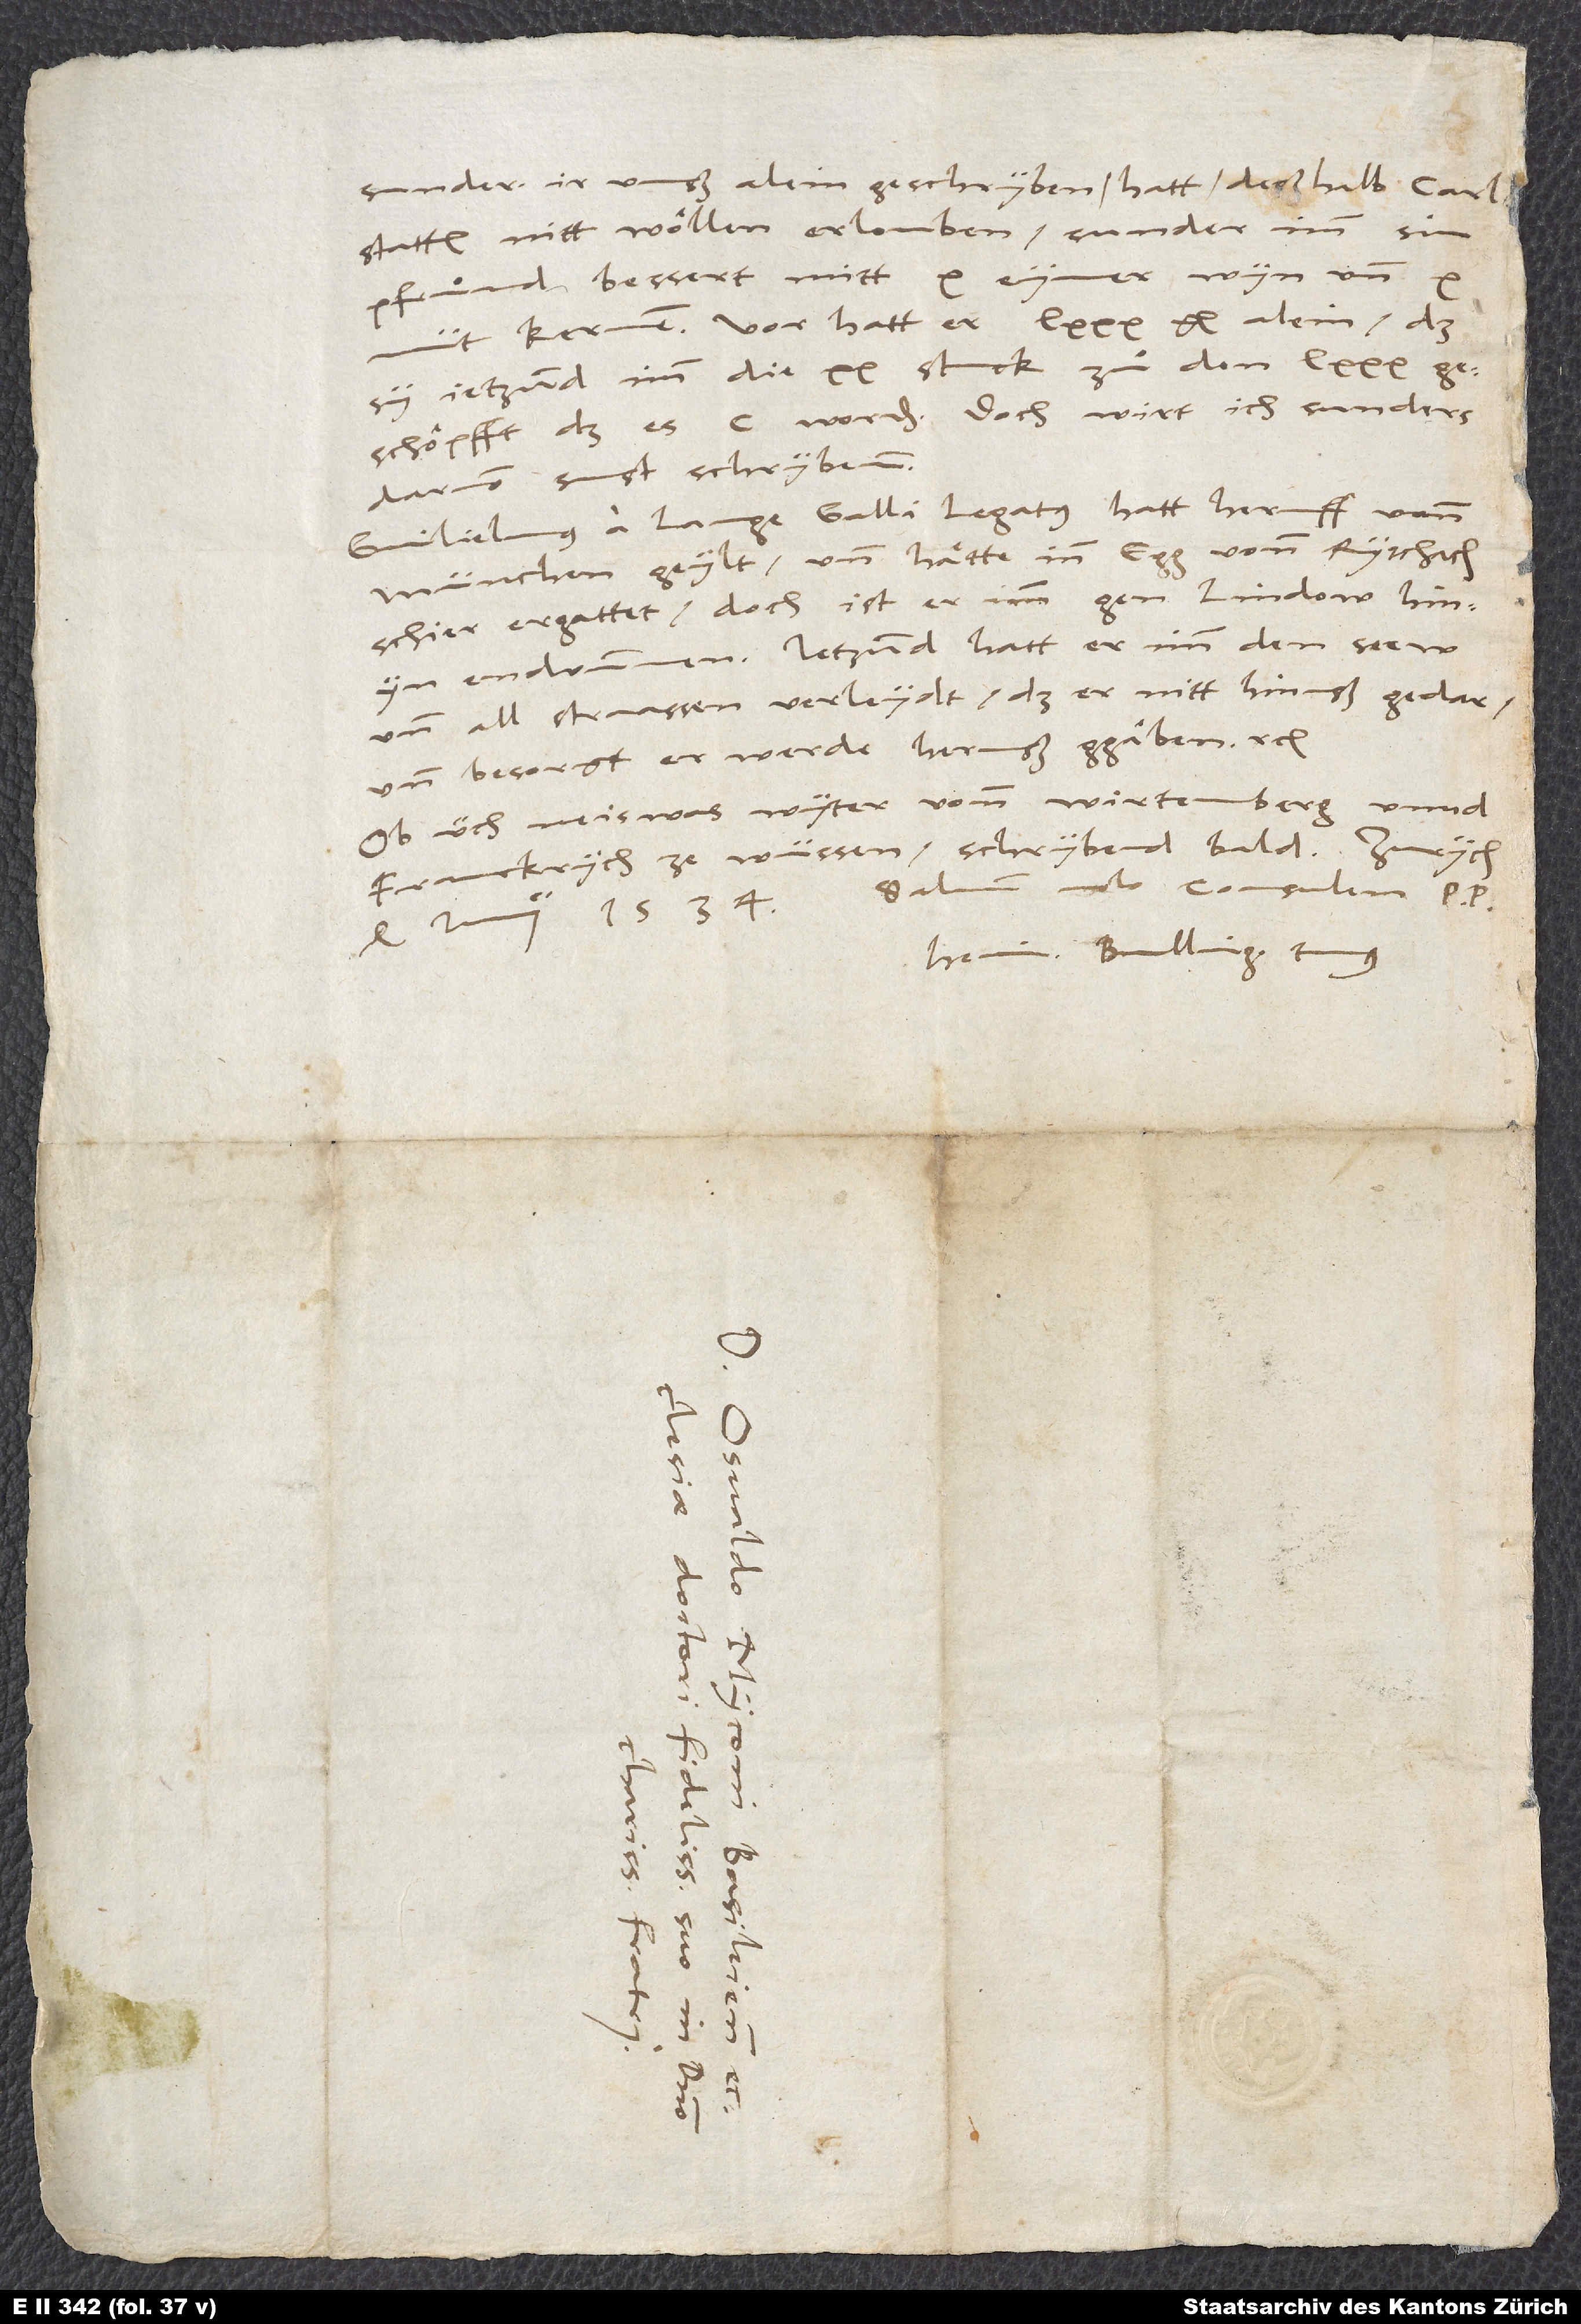
sunder ir unß alein geschryben. Hatt deßhalb Carlstatten
pfruͦnd bessert mit 10 eymer wyn und 10
müt kernen. Vor hatt er 80 gl. alein, daß
sy jetzund imm die 20 stuck zuͦ den 80
geschöpfft, daß es 100 worden. Doch wirt ich sunders
darvon sust schryben.
Guilielmus a Lange, Galli legatus, hatt heruff vonn
München geylt, und hätte inn Egg vonn Ryschach
schier ergattet; doch ist er imm gen Lindow hinyn
endrunnen. Jetzund hatt er imm den seew
und all straassen verleydt, daß er nitt hinuß gedar
und besorgt, er werde heruß ggäben etc.
Ob üch neiswas wyter vonn Wirtemberg unnd
Franckrych ze wüssen, schrybend bald.
Salvum volo consulem, p.
4. iunii 1534.
Hein. Bulling. tuus.